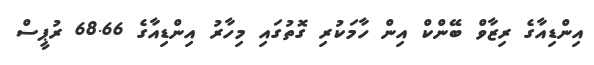
އިންޑިއާގެ ރިޒާވް ބޭންކް އިން ހާމަކުރި ގޮތުގައި މިހާރު އިންޑިއާގެ 68.66 ރުޕީސް